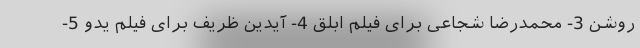
روشن 3- محمدرضا شجاعی برای فیلم ابلق 4- آیدین ظریف برای فیلم یدو 5-